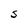
Character: S